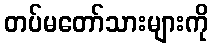
တပ်မတော်သားများကို